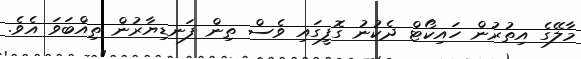
މާލޭގެ އިތުރުން ހައިކޯޓް ދެކުނު ގޮފީގައި ވެސް ތިން ފަނޑިޔާރުން ތިއްބަވަ އެވެ.